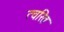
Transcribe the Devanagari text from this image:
त्चरित